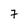
Character: 7